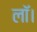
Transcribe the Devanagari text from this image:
लॉ।